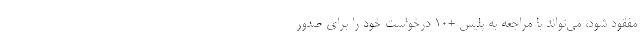
مفقود شود، می‌تواند با مراجعه به پلیس +۱۰ درخواست خود را برای صدور